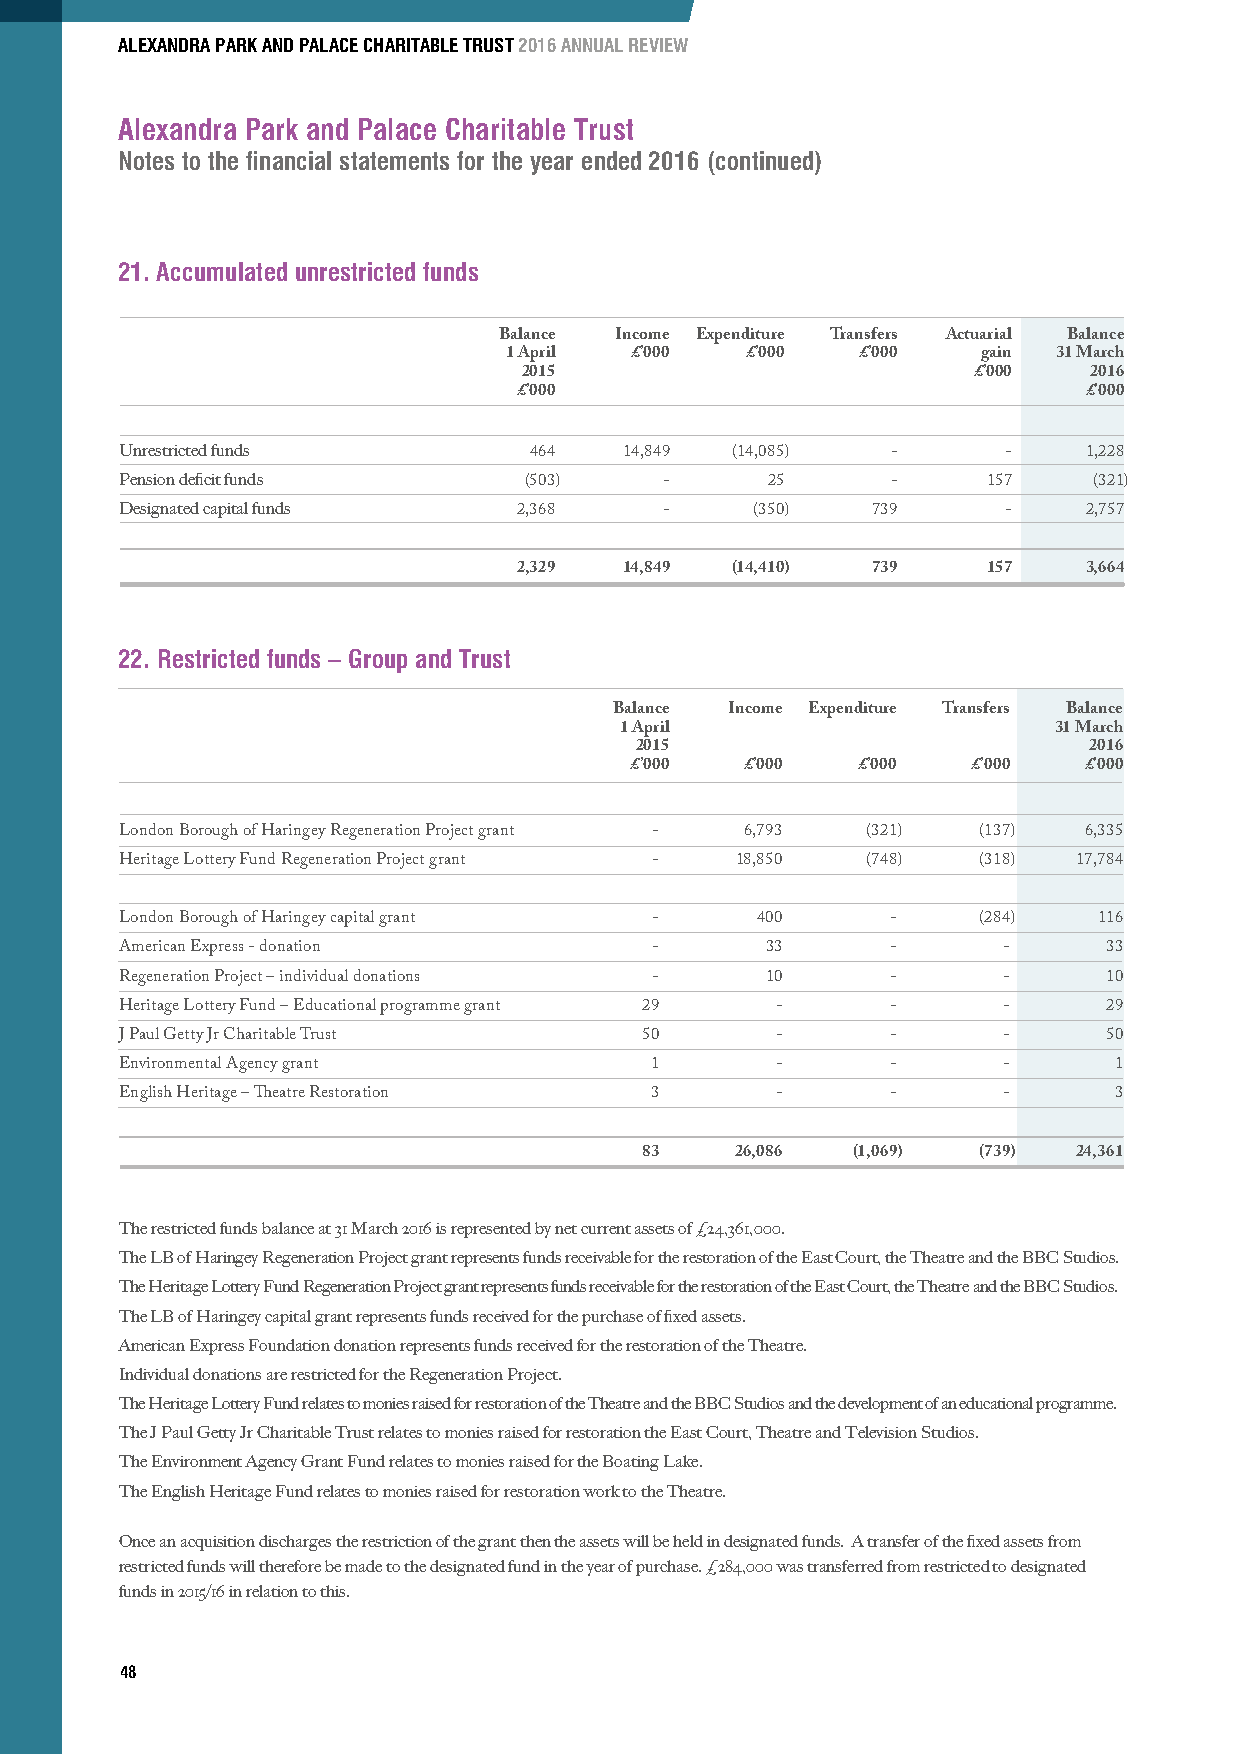
ALEXANDRA PARK AND PALACE CHARITABLE TRUST 2016 ANNUAL REVIEW
 Alexandra Park and Palace Charitable Trust
 Notes to the financial statements for the year ended 2016 (continued)
 21. Accumulated unrestricted funds
 Balance Income Expenditure Transfers Actuarial Balance
 1 April  £’000  £’000   £’000   gain 31 March
 2015                         £’000   2016
 £’000                                 £’000
 Unrestricted funds         464   14,849 (14,085)   -       -    1,228
 Pension deficit funds      (503)    -      25      -     157    (321)
 Designated capital funds  2,368     -     (350)   739      -    2,757
 2,329  14,849 (14,410)  739    157    3,664
 22. Restricted funds – Group and Trust
 Balance Income Expenditure Transfers Balance
 1 April                      31 March
 2015                          2016
 £’000  £’000   £’000  £’000   £’000
 London Borough of Haringey Regeneration Project grant - 6,793 (321) (137) 6,335
 Heritage Lottery Fund Regeneration Project grant - 18,850 (748) (318) 17,784
 London Borough of Haringey capital grant - 400     -     (284)   116
 American Express - donation        -       33      -      -      33
 Regeneration Project – individual donations - 10   -      -      10
 Heritage Lottery Fund – Educational programme grant 29 - - -     29
 J Paul Getty Jr Charitable Trust  50       -       -      -      50
 Environmental Agency grant         1       -       -      -       1
 English Heritage – Theatre Restoration 3   -       -      -       3
 83     26,086 (1,069)  (739) 24,361
 The restricted funds balance at 31 March 2016 is represented by net current assets of £24,361,000.
 The LB of Haringey Regeneration Project grant represents funds receivable for the restoration of the East Court, the Theatre and the BBC Studios.
 The Heritage Lottery Fund Regeneration Project grant represents funds receivable for the restoration of the East Court, the Theatre and the BBC Studios.
 The LB of Haringey capital grant represents funds received for the purchase of fixed assets.
 American Express Foundation donation represents funds received for the restoration of the Theatre.
 Individual donations are restricted for the Regeneration Project.
 The Heritage Lottery Fund relates to monies raised for restoration of the Theatre and the BBC Studios and the development of an educational programme.
 The J Paul Getty Jr Charitable Trust relates to monies raised for restoration the East Court, Theatre and Television Studios.
 The Environment Agency Grant Fund relates to monies raised for the Boating Lake.
 The English Heritage Fund relates to monies raised for restoration work to the Theatre.
 Once an acquisition discharges the restriction of the grant then the assets will be held in designated funds. A transfer of the fixed assets from
 restricted funds will therefore be made to the designated fund in the year of purchase. £284,000 was transferred from restricted to designated
 funds in 2015/16 in relation to this.
 48